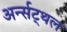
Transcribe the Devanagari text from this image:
अर्न्सट्थल